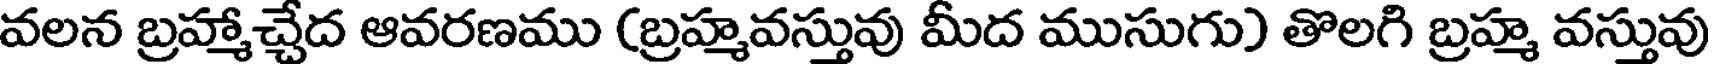
వలన బ్రహ్మాచ్చేద ఆవరణము (బ్రహ్మవస్తువు మీద ముసుగు) తొలగి బ్రహ్మ వస్తువు